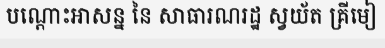
បណ្តោះអាសន្ន នៃ សាធារណរដ្ឋ ស្វយ័ត គ្រីមៀ